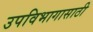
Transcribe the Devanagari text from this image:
उपविभागासाठी